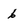
Character: 6